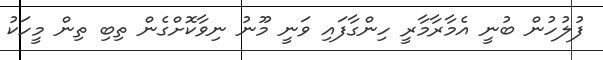
ފުލުހުން ބުނީ އެމާރާމާރީ ހިންގާފައި ވަނީ މޫނު ނިވާކޮށްގެން ތިބި ތިން މީހަކު